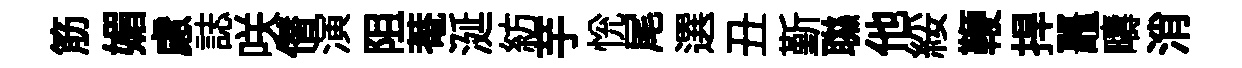
筋媚慮誌咲僣演阻菴涎紡芋恱尾選丑斳聮他綏鞭捍鼉疇消